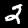
Digit: 2